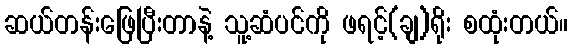
ဆယ်တန်းဖြေပြီးတာနဲ့ သူ့ဆံပင်ကို ဖရင့်(ချ)ရိုး စထုံးတယ်။